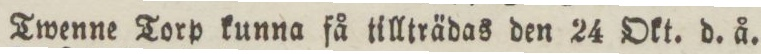
Twenne Torp kunna få tillträdas den 24 Okt. d. å.